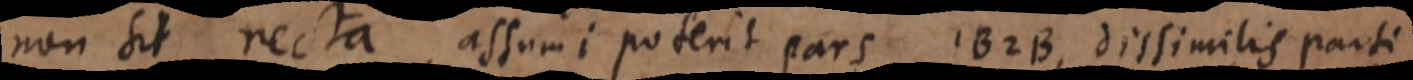
non Sit recta, assumi poterit pars 1B2B, dissimilis parti